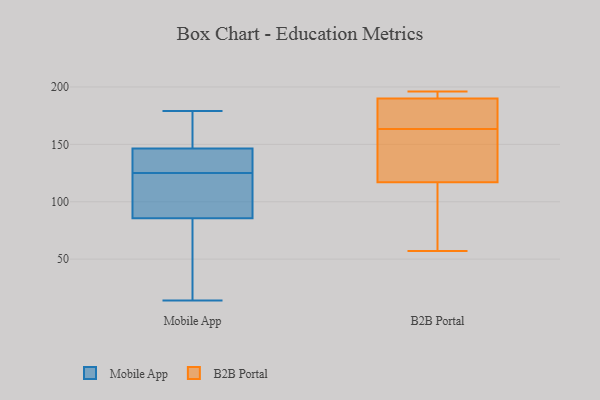
{"axis": {"x": "Net Income (USD K)", "y": "Value"}, "legend": ["B2B Portal", "Mobile App"], "data": [{"x": "", "y": 85, "type": "Mobile App"}, {"x": "", "y": 115, "type": "Mobile App"}, {"x": "", "y": 142, "type": "Mobile App"}, {"x": "", "y": 129, "type": "Mobile App"}, {"x": "", "y": 165, "type": "Mobile App"}, {"x": "", "y": 86, "type": "Mobile App"}, {"x": "", "y": 151, "type": "Mobile App"}, {"x": "", "y": 112, "type": "Mobile App"}, {"x": "", "y": 63, "type": "Mobile App"}, {"x": "", "y": 153, "type": "Mobile App"}, {"x": "", "y": 179, "type": "Mobile App"}, {"x": "", "y": 19, "type": "Mobile App"}, {"x": "", "y": 128, "type": "Mobile App"}, {"x": "", "y": 135, "type": "Mobile App"}, {"x": "", "y": 140, "type": "Mobile App"}, {"x": "", "y": 14, "type": "Mobile App"}, {"x": "", "y": 170, "type": "Mobile App"}, {"x": "", "y": 122, "type": "Mobile App"}, {"x": "", "y": 36, "type": "Mobile App"}, {"x": "", "y": 109, "type": "Mobile App"}, {"x": "", "y": 184, "type": "B2B Portal"}, {"x": "", "y": 158, "type": "B2B Portal"}, {"x": "", "y": 196, "type": "B2B Portal"}, {"x": "", "y": 119, "type": "B2B Portal"}, {"x": "", "y": 190, "type": "B2B Portal"}, {"x": "", "y": 169, "type": "B2B Portal"}, {"x": "", "y": 57, "type": "B2B Portal"}, {"x": "", "y": 129, "type": "B2B Portal"}, {"x": "", "y": 192, "type": "B2B Portal"}, {"x": "", "y": 190, "type": "B2B Portal"}, {"x": "", "y": 115, "type": "B2B Portal"}, {"x": "", "y": 85, "type": "B2B Portal"}]}